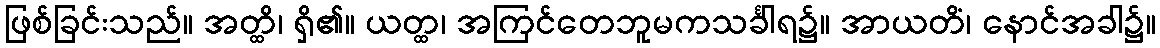
ဖြစ်ခြင်းသည်။ အတ္ထိ၊ ရှိ၏။ ယတ္ထ၊ အကြင်တေဘူမကသင်္ခါရ၌။ အာယတိံ၊ နောင်အခါ၌။